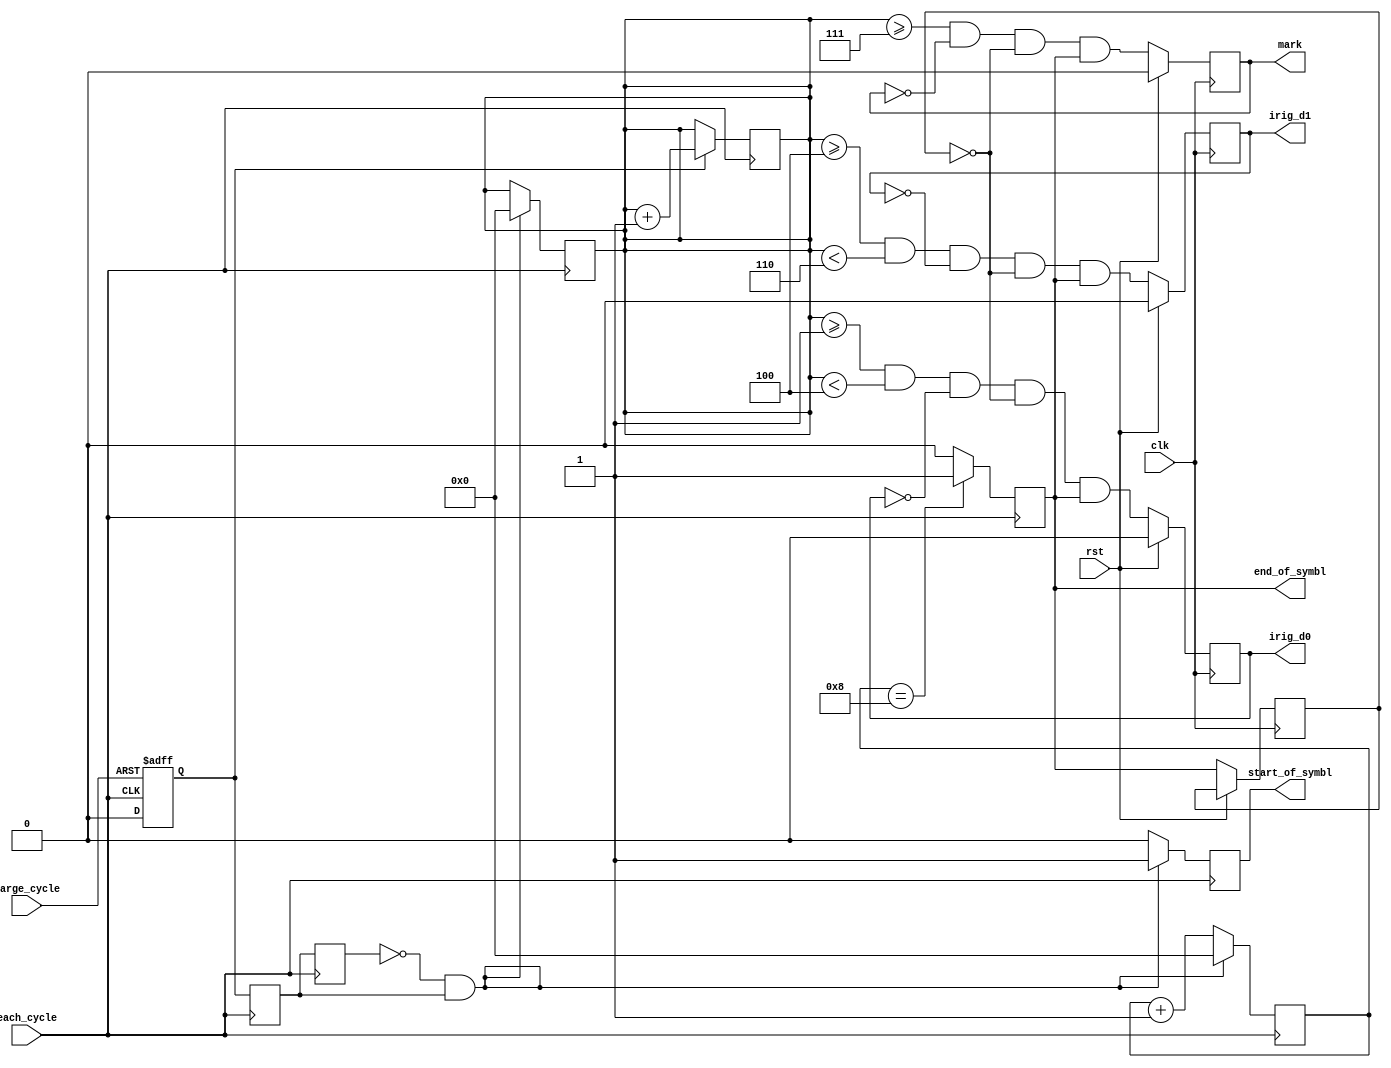
`timescale 1ns / 1ps
//////////////////////////////////////////////////////////////////////////////////
// Company: 
// Engineer: 
// 
// Design Name: 
// Module Name: irig_symbol_decode
// Project Name: 
// Target Devices: 
// Tool Versions: 
// Description: 
// 
// Dependencies: 
// 
// Revision:
// Revision 0.01 - File Created
// Additional Comments:
// 
//////////////////////////////////////////////////////////////////////////////////


module irig_symbol_decode(
    input each_cycle,
    input large_cycle,
    input clk,
    input rst,
    output reg start_of_symbl,
    output reg end_of_symbl,
    output reg mark,
    output reg irig_d0,
    output reg irig_d1
    );
    
    // defining regsisters
    reg [4:0] lc_frame;
    reg [3:0] count; //for counting lc pulsestyle_ondetect
    reg [3:0]lc_count; //for decoding 
    reg [3:0] ec_count;
    reg lc_previous,lc_current;
    reg lc_bit;
    reg pre_end_sym;
    
    
    //sr latch of lc and ec
    always@(posedge large_cycle or posedge each_cycle)
    begin
    if(large_cycle ==1)
    begin
    lc_bit <=1;
    end
    else
    begin
    if(each_cycle ==1)
     lc_bit <=0;
    end
    end
    
    // previous lc ,present lc
    
    always@(negedge each_cycle)
    begin
    
    lc_previous <= lc_current;
    lc_current <= lc_bit;
    /*if(lc_current==0 && lc_bit ==1)
    begin
    lc_count <=0;
    end
    */
    
    if(lc_bit)
    begin
    lc_count <= lc_count + 1;
    lc_frame[ec_count] <= 1;
    
    end
    else
    begin
    lc_frame[ec_count] <= 0;
    end
    
    end
    
    always@(posedge each_cycle)
    begin
      if(lc_previous == 0 && lc_current ==1)
      begin
      start_of_symbl <= 1;
      ec_count <= 0; //actually one 
      lc_count <=0; //this gives sythesis error
      end
      else
      begin
      start_of_symbl <= 0;
      ec_count <=ec_count +1;
      end
      if(ec_count ==8)
      begin
      end_of_symbl <= 1;
      end
      else
        end_of_symbl <= 0;
    end
    
    always@(posedge clk)
    begin
    if(rst)
    begin
    mark <= 0;
    irig_d1 <= 0;
    irig_d0 <= 0;
    end
    else
    begin
    
   
    mark <= (lc_count >=7)&& !mark && !pre_end_sym  && end_of_symbl ;
    irig_d1 <= (lc_count >=4)&&(lc_count <6)&& !irig_d1 && !pre_end_sym  && end_of_symbl;
    irig_d0 <= (lc_count >=1)&&(lc_count <4)&& ! irig_d0 && !pre_end_sym  && end_of_symbl;
    
    pre_end_sym <= end_of_symbl;
    
    end
    end
endmodule